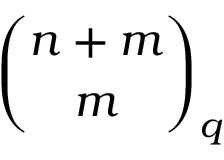
{ \binom { n + m } { m } } _ { q }